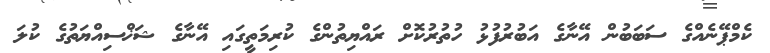
ކެމްޕޭނެއްގެ ސަބަބުން އޭނާގެ އަބުރުފުޅު ހުތުރުކޮށް ރައްޔިތުންގެ ކުރިމަތީގައި އޭނާގެ ޝަޚްސިއްޔަތުގެ ކުލަ